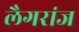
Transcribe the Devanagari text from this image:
लैगरांज